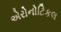
એરોનોટિકલ